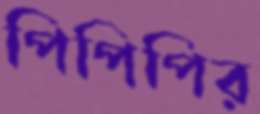
পিপিপির